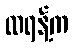
ထရန့်က